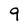
Character: 9